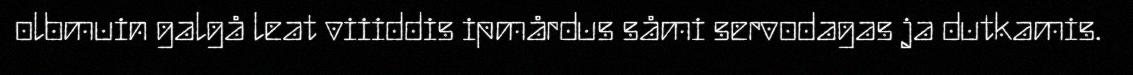
olbmuin galgå leat viiiddis ipmårdus såmi servodagas ja dutkamis.